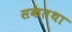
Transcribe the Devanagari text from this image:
सकेतथा